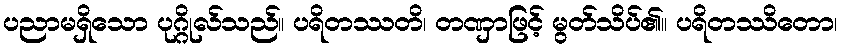
ပညာမရှိသော ပုဂ္ဂိုလ်သည်။ ပရိတဿတိ၊ တဏှာဖြင့် မွတ်သိပ်၏။ ပရိတဿိတော၊